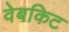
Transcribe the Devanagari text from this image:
वेबकिट